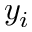
y _ { i }